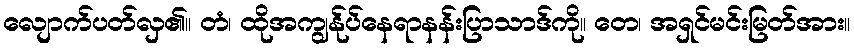
လျောက်ပတ်လှ၏။ တံ၊ ထိုအကျွန်ုပ်နေရာနန်းပြာသာဒ်ကို။ တေ၊ အရှင်မင်းမြတ်အား။